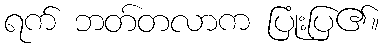
ရက် ဘတ်တလာက ပြုံးပြ၏။